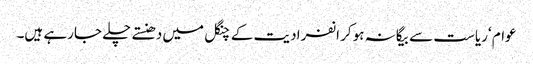
عوام ‘ریاست سے بیگانہ ہوکر انفرادیت کے چنگل میں دھنستے چلے جارہے ہیں۔